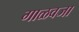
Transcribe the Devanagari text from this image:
गाळवजा